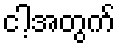
ငါ့အတွက်